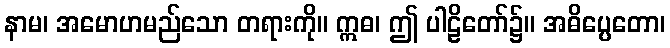
နာမ၊ အမောဟမည်သော တရားကို။ ဣဓ၊ ဤ ပါဠိတော်၌။ အဓိပ္ပေတော၊